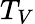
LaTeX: T_{V}